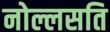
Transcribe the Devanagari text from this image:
नोल्लसति